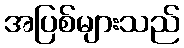
အပြစ်များသည်